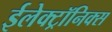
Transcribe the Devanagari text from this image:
ईलेक्ट्रॉनिक्स